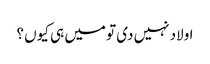
اولاد نہیں دی تو میں ہی کیوں ؟